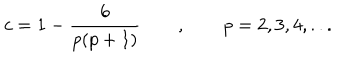
c = 1 - \frac { 6 } { p ( p + 1 ) } \qquad , \qquad p = 2 , 3 , 4 , . . .